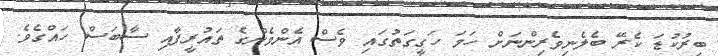
ބިރުކުޑަ ކެރޭ ބެލެނިވެރިންނަށް ހަމަ ހަގީގަތުގައި ވެސް އެންމެންގެ ތައުރީފާއި ސާބަސް ހައްގެވެ.